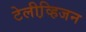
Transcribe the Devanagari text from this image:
टेलीव्हि़जन